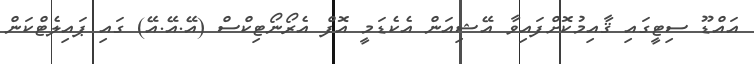
އައްޑޫ ސިޓީގައި ޤާއިމުކޮށްފައިވާ އޭޝިއަން އެކެޑަމީ އޮފް އެރޯނޯޓިކްސް (އޭ.އޭ.އޭ) ގައި ޕައިލެޓްކަން